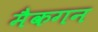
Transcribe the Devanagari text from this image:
मैकगन